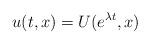
LaTeX: \begin{align*}u(t,x) = U(e^{\lambda t}, x) \end{align*}